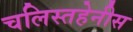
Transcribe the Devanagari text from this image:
चलिस्तहेनीस